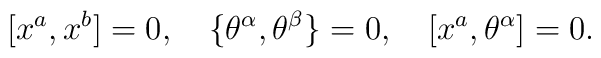
\lbrack x^{a},x^{b}]=0,\quad \{\theta ^{\alpha },\theta ^{\beta }\}=0,\quad[x^{a},\theta ^{\alpha }]=0.